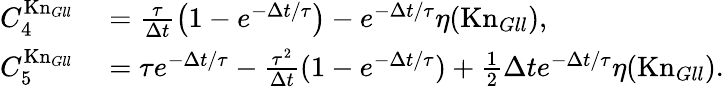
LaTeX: \begin{array}{rl}{C_{4}^{\mathrm{Kn}_{Gll}}}&{{}=\frac{\tau}{\Delta t}\left(1-e^{-\Delta t/\tau}\right)-e^{-\Delta t/\tau}\eta(\mathrm{Kn}_{Gll}),}\\ {C_{5}^{\mathrm{Kn}_{Gll}}}&{{}=\tau e^{-\Delta t/\tau}-\frac{\tau^{2}}{\Delta t}(1-e^{-\Delta t/\tau})+\frac 12\Delta te^{-\Delta t/\tau}\eta(\mathrm{Kn}_{Gll}).}\end{array}